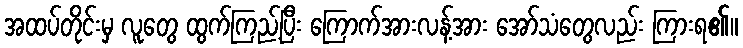
အထပ်တိုင်းမှ လူတွေ ထွက်ကြည့်ပြီး ကြောက်အားလန့်အား အော်သံတွေလည်း ကြားရ၏။